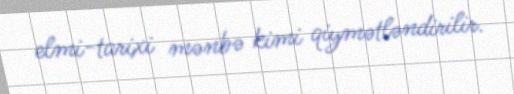
elmi-tarixi mənbə kimi qiymətləndirilir.